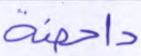
داحضة